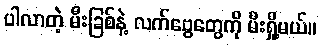
ပါလာတဲ့ မီးခြစ်နဲ့ လက်ဗွေတွေကို မီးရှို့မယ်။